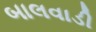
બાલવાડી